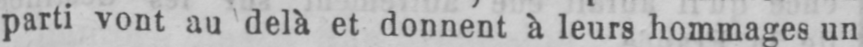
parti vont au delà et donnent à leurs hommages un